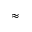
\approx